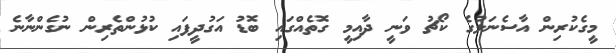
މީގެކުރިން އާސެނަލުގެ ކޯޗު ވަނީ ދާއިމީ ގޮތެއްގައި ބޮޑު އަގުދީފައި ކުޅުންތެރިން ނުގެންނާނެ